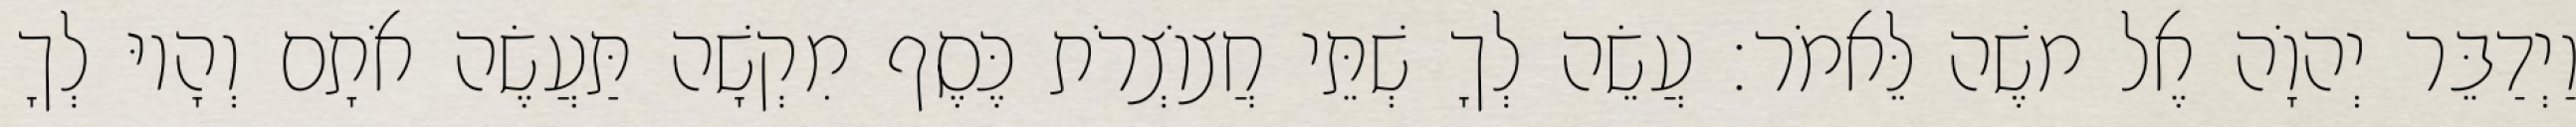
וַיְדַבֵּר יְהוָֹה אֶל משֶׁה לֵּאמֹר׃ עֲשֵׂה לְךָ שְׁתֵּי חֲצוֹצְרֹת כֶּסֶף מִקְשָׁה תַּעֲשֶׂה אֹתָם וְהָיוּ לְךָ